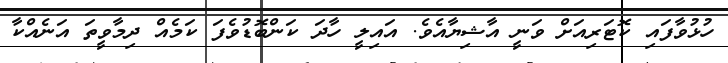
ހުޅުވާފައި ކޮޓަރިއަށް ވަނީ އާޝިޔާއެވެ. އައިލީ ހާދަ ކަންބޮޑުވެފަ ކަމެއް ދިމާވީތަ އަނެއްކާ